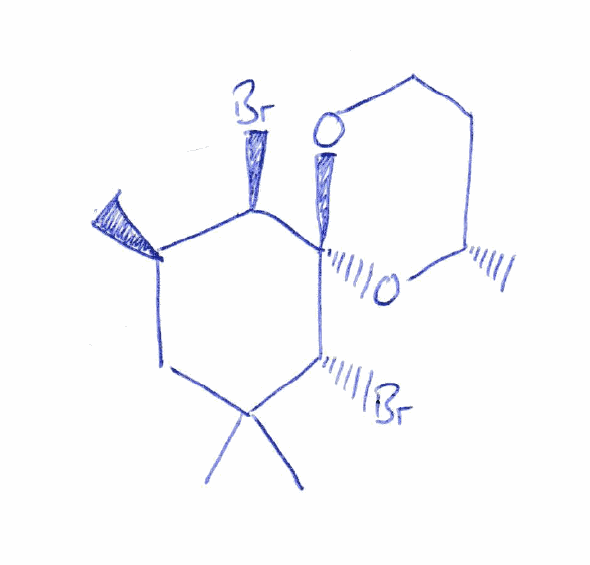
Simplified molecular-input line-entry system (SMILES) notation of the given molecule:
C[C@H]1CCO[C@]2(O1)[C@@H]([C@@H](CC([C@H]2Br)(C)C)C)Br